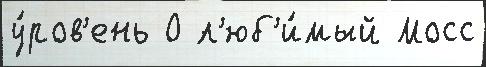
у́ров'ень О л'юб'и́мый Мосс